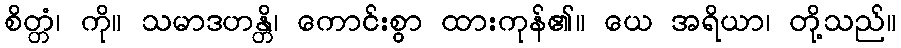
စိတ္တံ၊ ကို။ သမာဒဟန္တိ၊ ကောင်းစွာ ထားကုန်၏။ ယေ အရိယာ၊ တို့သည်။